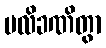
ပလိခဏိတွာ